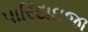
પારિદાઇજા